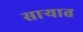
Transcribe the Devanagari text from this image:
साऱ्यात